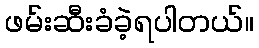
ဖမ်းဆီးခံခဲ့ရပါတယ်။